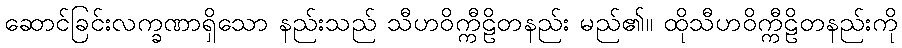
ဆောင်ခြင်းလက္ခဏာရှိသော နည်းသည် သီဟဝိက္ကီဠိတနည်း မည်၏။ ထိုသီဟဝိက္ကီဠိတနည်းကို